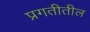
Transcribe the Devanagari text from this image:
प्रगतीतील